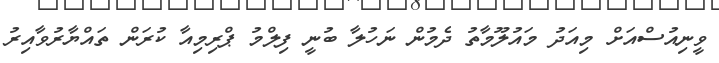
ވީނިއުސްއަށް މިއަދު މައުލޫމާތު ދެމުން ނަހުލާ ބުނީ ފިލްމު ޕްރިމިއާ ކުރަން ތައްޔާރުވާއިރު